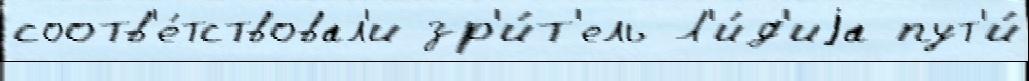
соотв'е́тствовал'и зр'и́т'ель Л'и́д'иjа пут'и́